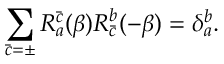
\sum _ { \bar { c } = \pm } R _ { a } ^ { \bar { c } } ( \beta ) R _ { \bar { c } } ^ { b } ( - \beta ) = \delta _ { a } ^ { b } .